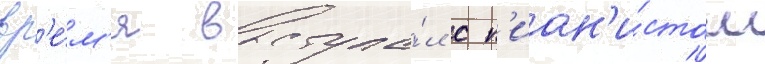
вр'е́м'я выступа́л с п'иан'и́стом